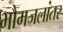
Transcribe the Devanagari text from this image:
भौमजलांतर